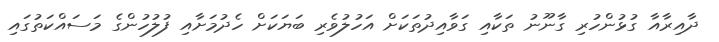
ދާއިރާއާ ގުޅުންހުރި ގާނޫނު ތަކާއި ގަވާއިދުތަކަށް އަހުލުވެރި ބަޔަކަށް ހެދުމަށާއި ފުލުހުންގެ މަސައްކަތުގައި